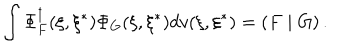
\int \Phi _ { F } ^ { \dagger } ( \xi , \xi ^ { * } ) \Phi _ { G } ( \xi , \xi ^ { * } ) d v ( \xi , \xi ^ { * } ) = \left( F \mid G \right) .